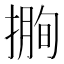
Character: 𢲰